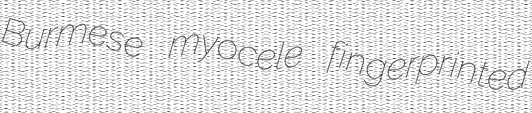
Burmese myocele fingerprinted